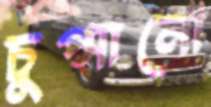
চুপ্‌সানো